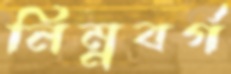
নিম্নবর্গ